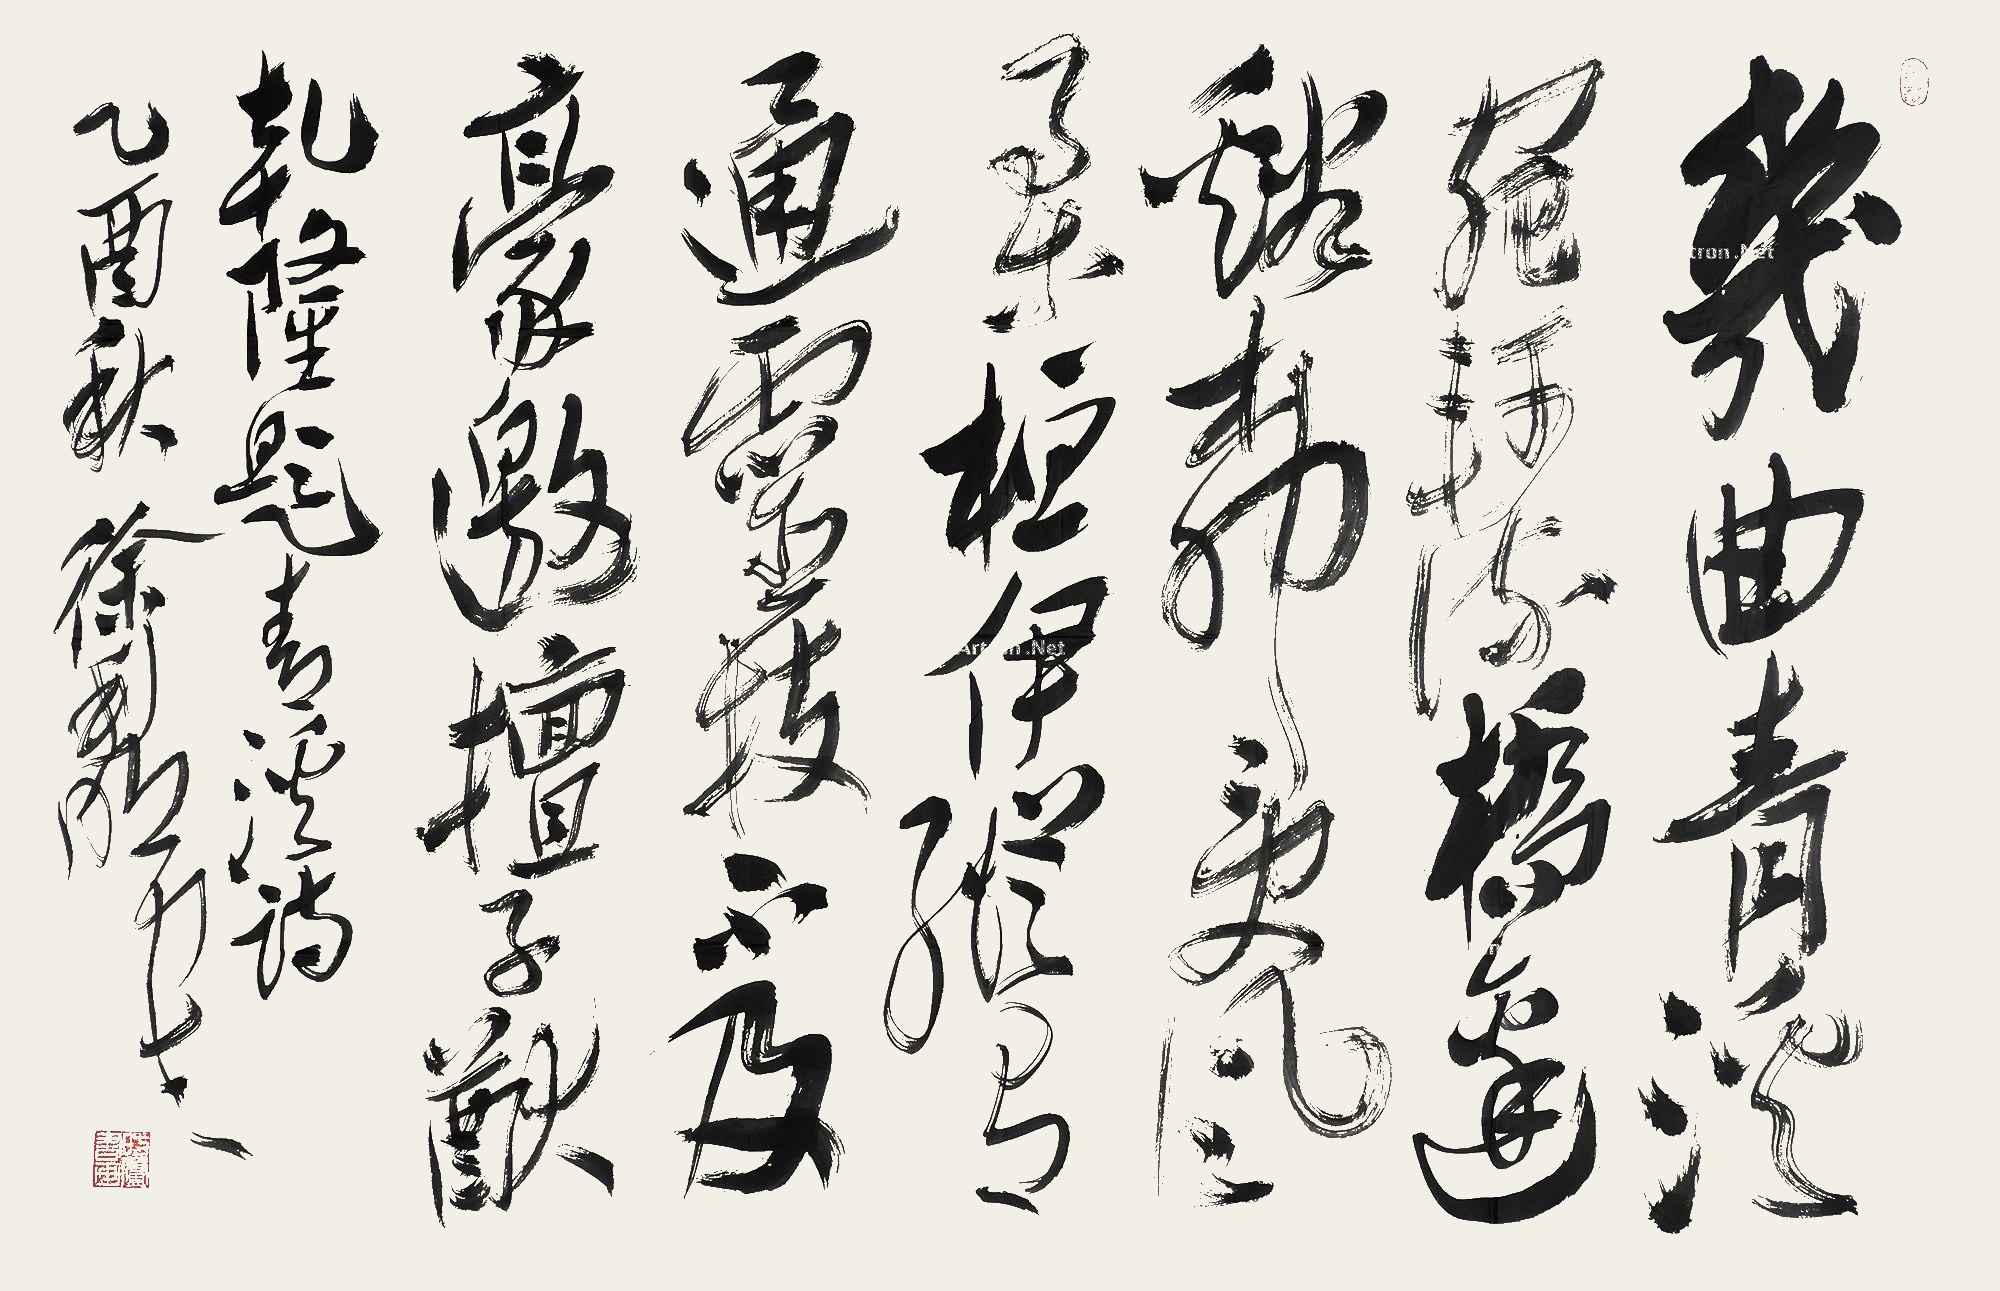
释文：几曲清溪宛轩流，桥边溪柳受风柔。桓伊纵有通灵枝，不及豪邀擅子猷。乾隆题青溪诗，乙酉（2005年）秋徐利明书